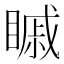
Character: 𥉷